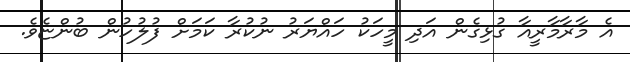
އެ މާރާމާރީއާ ގުޅިގެން އަދި މީހަކު ހައްޔަރު ނުކުރާ ކަމަށް ފުލުހުން ބުންޏެވެ.